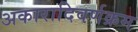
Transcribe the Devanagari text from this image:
अकारादिवर्णक्रम